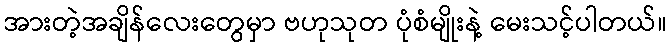
အားတဲ့အချိန်လေးတွေမှာ ဗဟုသုတ ပုံစံမျိုးနဲ့ မေးသင့်ပါတယ်။